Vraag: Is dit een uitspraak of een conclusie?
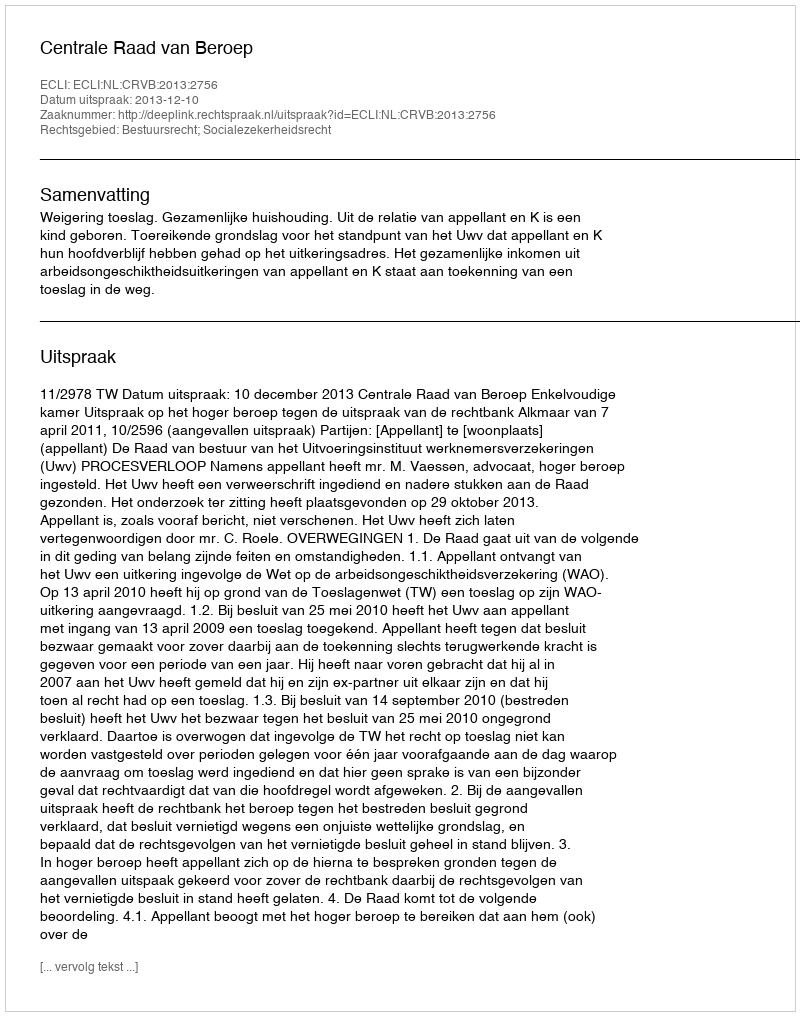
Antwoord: Uitspraak